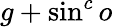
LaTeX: g+\sin^{c}o